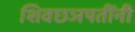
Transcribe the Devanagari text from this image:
शिवछञपतींनी